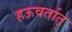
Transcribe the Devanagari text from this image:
हऊवर्तात्